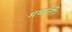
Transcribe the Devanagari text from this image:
मथानी।